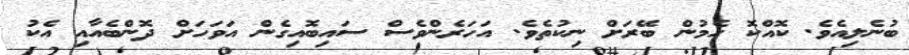
ބުނެލިއެވެ. ކޮއްކޮ ހެމުން ބޭރަށް ނިކުތެވެ. އަހަރެންވެސް ސައިބޮއިގެން އަވަހަށް ދޮންބެއާއި އެކު